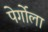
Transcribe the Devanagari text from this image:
पेर्गोला